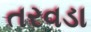
તરવડા